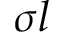
\sigma l